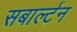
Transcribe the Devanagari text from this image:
सबार्ल्टन